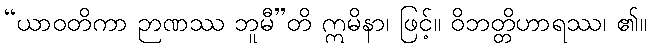
“ယာဝတိကာ ဉာဏဿ ဘူမီ”တိ ဣမိနာ၊ ဖြင့်။ ဝိဘတ္တိဟာရဿ၊ ၏။